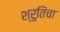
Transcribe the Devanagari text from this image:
श्रुतिंचा